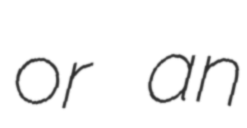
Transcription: or an